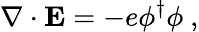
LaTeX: \mathbf{\nabla\cdot E}=-e\phi^{\dagger}\phi\ ,